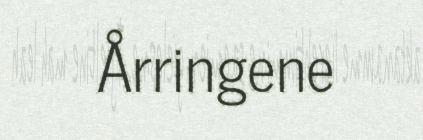
Årringene